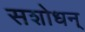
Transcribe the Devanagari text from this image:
सशोधन्